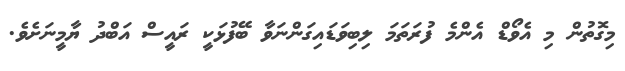
މިގޮތުން މި އެވޯޑް އެންމެ ފުރަތަމަ ލިބިވަޑައިގަންނަވާ ބޭފުޅަކީ ރައީސް އަބްދު ޔާމީނަށެވެ.